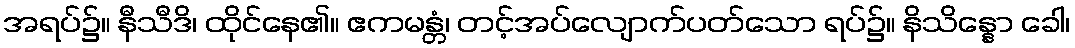
အရပ်၌။ နီသီဒိ၊ ထိုင်နေ၏။ ဧကမန္တံ၊ တင့်အပ်လျောက်ပတ်သော ရပ်၌။ နိသိန္နော ခေါ၊